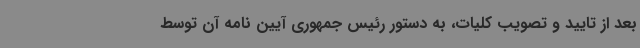
بعد از تایید و تصویب کلیات، به دستور رئیس جمهوری آیین نامه آن توسط